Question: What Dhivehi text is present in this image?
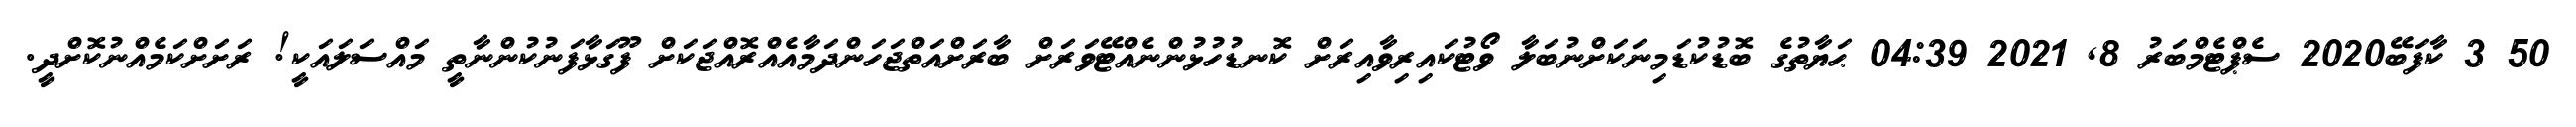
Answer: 50 3 ކާފަބޭ2020 ސެޕްޓެމްބަރު 8, 2021 04:39 ޙަޔާތުގެ ބޮޑުކުޑަމިނަކަށްނުބަލާ ވޯޓުކައިރިވާއިރަށް ކޮނޑުހުޅުންނެއްޓޭވަރަށް ބާރަށްއަތްޖަހަންދަމާއެއްރޮއްޖަކަށް ފޫގަޅާފަނުކުންނާތީ މައްސަލައަކީ! ރަށަށްކަމެއްނުކޮށްދީ.